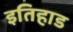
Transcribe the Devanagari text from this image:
इतिहाड